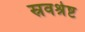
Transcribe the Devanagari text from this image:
स्रवश्रेष्ट